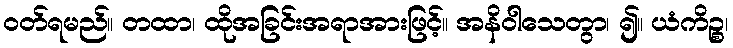
ဝတ်ရမည်။ တထာ၊ ထိုအခြင်းအရာအားဖြင့်။ အနိဝါသေတွာ၊ ၍။ ယံကိဉ္စ၊